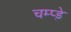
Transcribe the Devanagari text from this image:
चम्प्ड़े